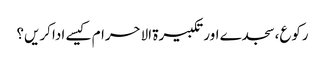
رکوع،سجدے اور تکبیرۃ الاحرام کیسے ادا کریں؟